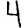
Digit: 4